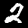
Label: 2